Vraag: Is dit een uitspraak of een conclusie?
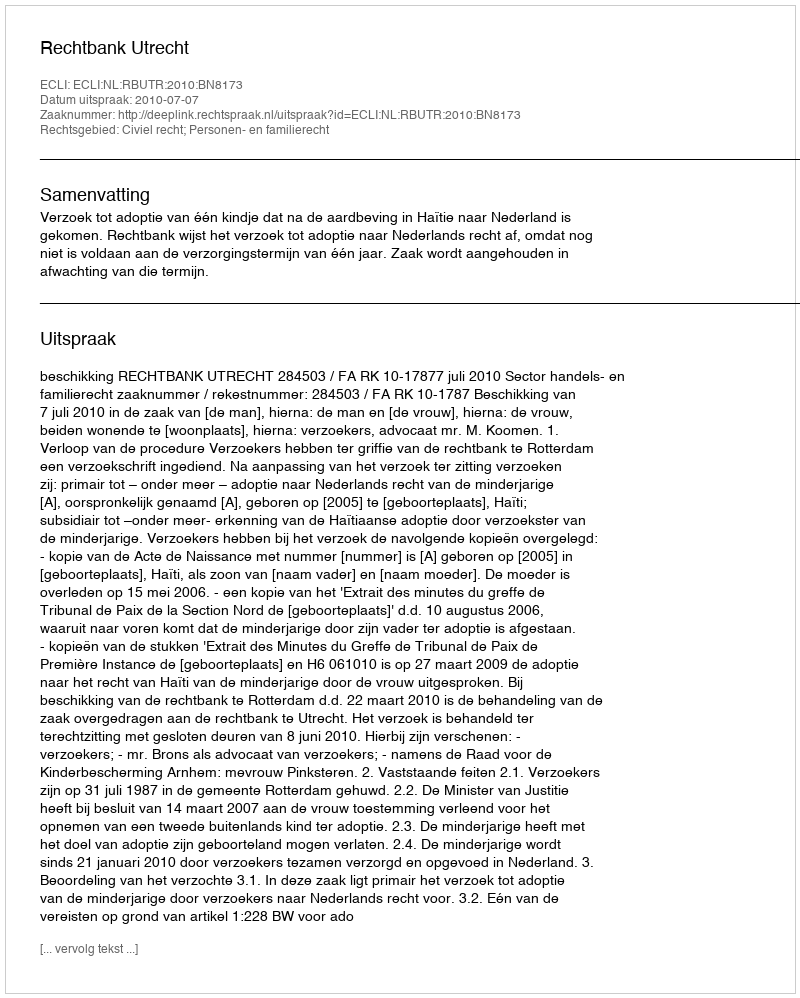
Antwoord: Uitspraak